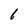
Character: I